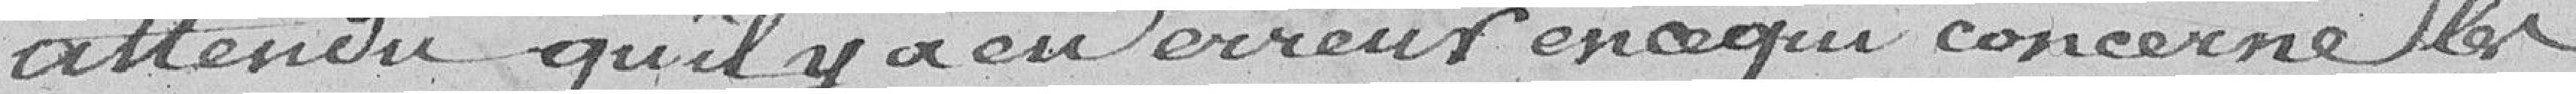
attendu qu'il y a eu erreur en ce qui concerne les